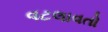
વટલાવતો